Vaccine operations Central Provinces & Berar 1922-1929 - 1922-1929
Year: 1922
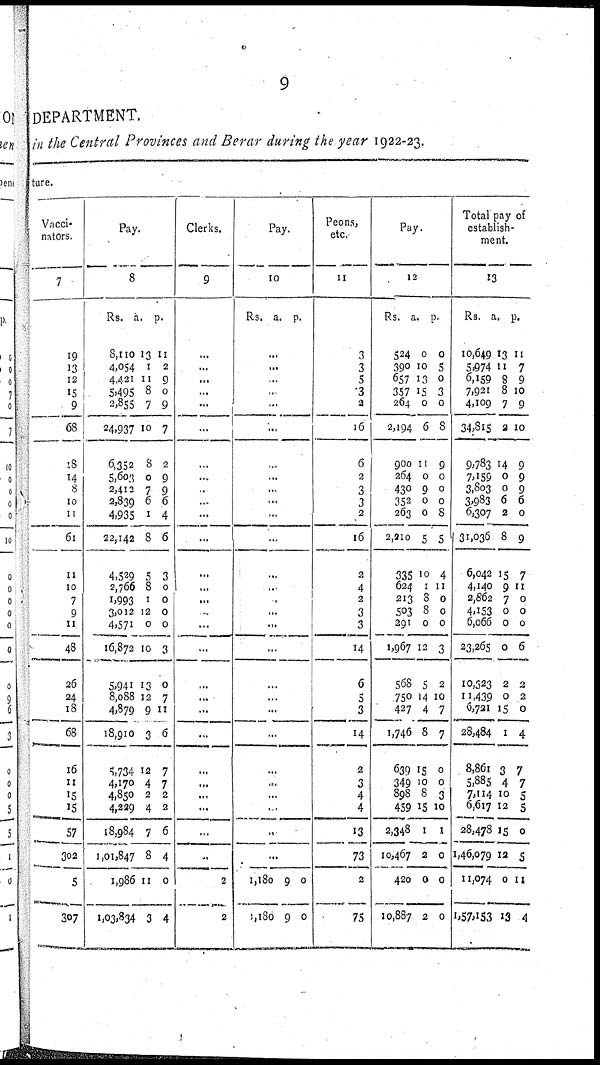
9
DEPARTMENT.
in the Central Provinces and Berar during the year 1922-23.
ture.
Vacci-
nators.
7
19
13
12
15
9
68
18
14
8
10
11
61
11
10
7
9
11
48
26
24
18
68
16
11
15
15
57
302
5
307
Pay.
8
Rs.
8,110
4,054
4,421
5,495
2,855
24,937
6,352
5,603
2,412
2,839
4,935
22,142
4,529
2,766
1,993
3,012
4,571
16,872
5,941
8,088
4,879
18,910
5,734
4,170
4,850
4,239
18,984
1,01,847
1,986
1,03,834
a.
13
1
11
8
7
10
8
0
7
6
1
8
5
8
1
12
0
10
13
12
9
3
12
4
2
4
7
8
11
3
p.
11
2
9
0
9
7
2
9
9
6
4
6
3
0
0
0
0
3
0
7
11
6
7
7
2
2
6
4
0
4
Clerks.
9
...
...
...
...
...
...
...
...
..
...
...
...
...
...
...
...
...
...
...
...
...
...
...
...
...
...
...
...
2
2
Pay.
10
Rs. a. p.
...
...
...
...
...
...
...
...
...
...
...
...
...
...
...
...
...
...
...
...
...
...
...
...
...
...
...
...
1,180
1,180
9
9
0
0
Peons,
etc.
11
3
3
5
3
2
16
6
2
3
3
2
16
2
4
2
3
3
14
6
5
3
14
2
3
4
4
13
73
2
75
Pay.
12
Rs.
524
390
657
357
264
2,194
900
264
430
352
263
2,210
335
624
213
503
291
1,967
568
750
427
1,746
639
349
898
459
2,348
10,467
420
10,887
a.
0
10
13
15
0
6
11
0
9
0
0
5
10
1
8
8
0
12
5
14
4
8
15
10
8
15
1
2
0
2
p.
0
5
0
3
0
8
9
0
0
0
8
5
4
11
0
0
0
3
2
10
7
7
0
0
3
10
1
0
0
0
Total pay of
establish-
ment.
13
Rs.
10,649
5,974
6,159
7,921
4,109
34,815
9,783
7,159
3,803
3,983
6,307
31,036
6,042
4,140
2,862
4,153
6,066
23,265
10,323
11,439
6,721
28,484
8,861
5,885
7,114
6,617
28,478
1,46,079
11,074
1,57,153
a.
13
11
8
8
7
2
14
0
0
6
2
8
15
9
7
0
0
0
2
0
15
1
3
4
10
12
15
12
0
13
p.
11
7
9
10
9
10
9
9
9
6
0
9
7
11
0
0
0
6
2
2
0
4
7
7
5
5
0
5
11
4